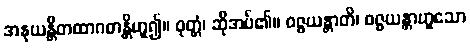
အနုယန္တိတထာဂတန္တိဟူ၍။ ဝုတ္တံ၊ ဆိုအပ်၏။ ဝဇ္ဇယန္တာတိ၊ ဝဇ္ဇယန္တာဟူသော